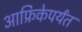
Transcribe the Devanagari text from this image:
आफ्रिकेपर्यंत